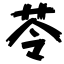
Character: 苓